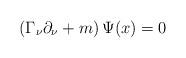
LaTeX: \begin{align*}\left( \Gamma _\nu \partial _\nu +m\right) \Psi (x)=0 \end{align*}